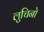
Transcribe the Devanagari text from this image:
लुचिनो